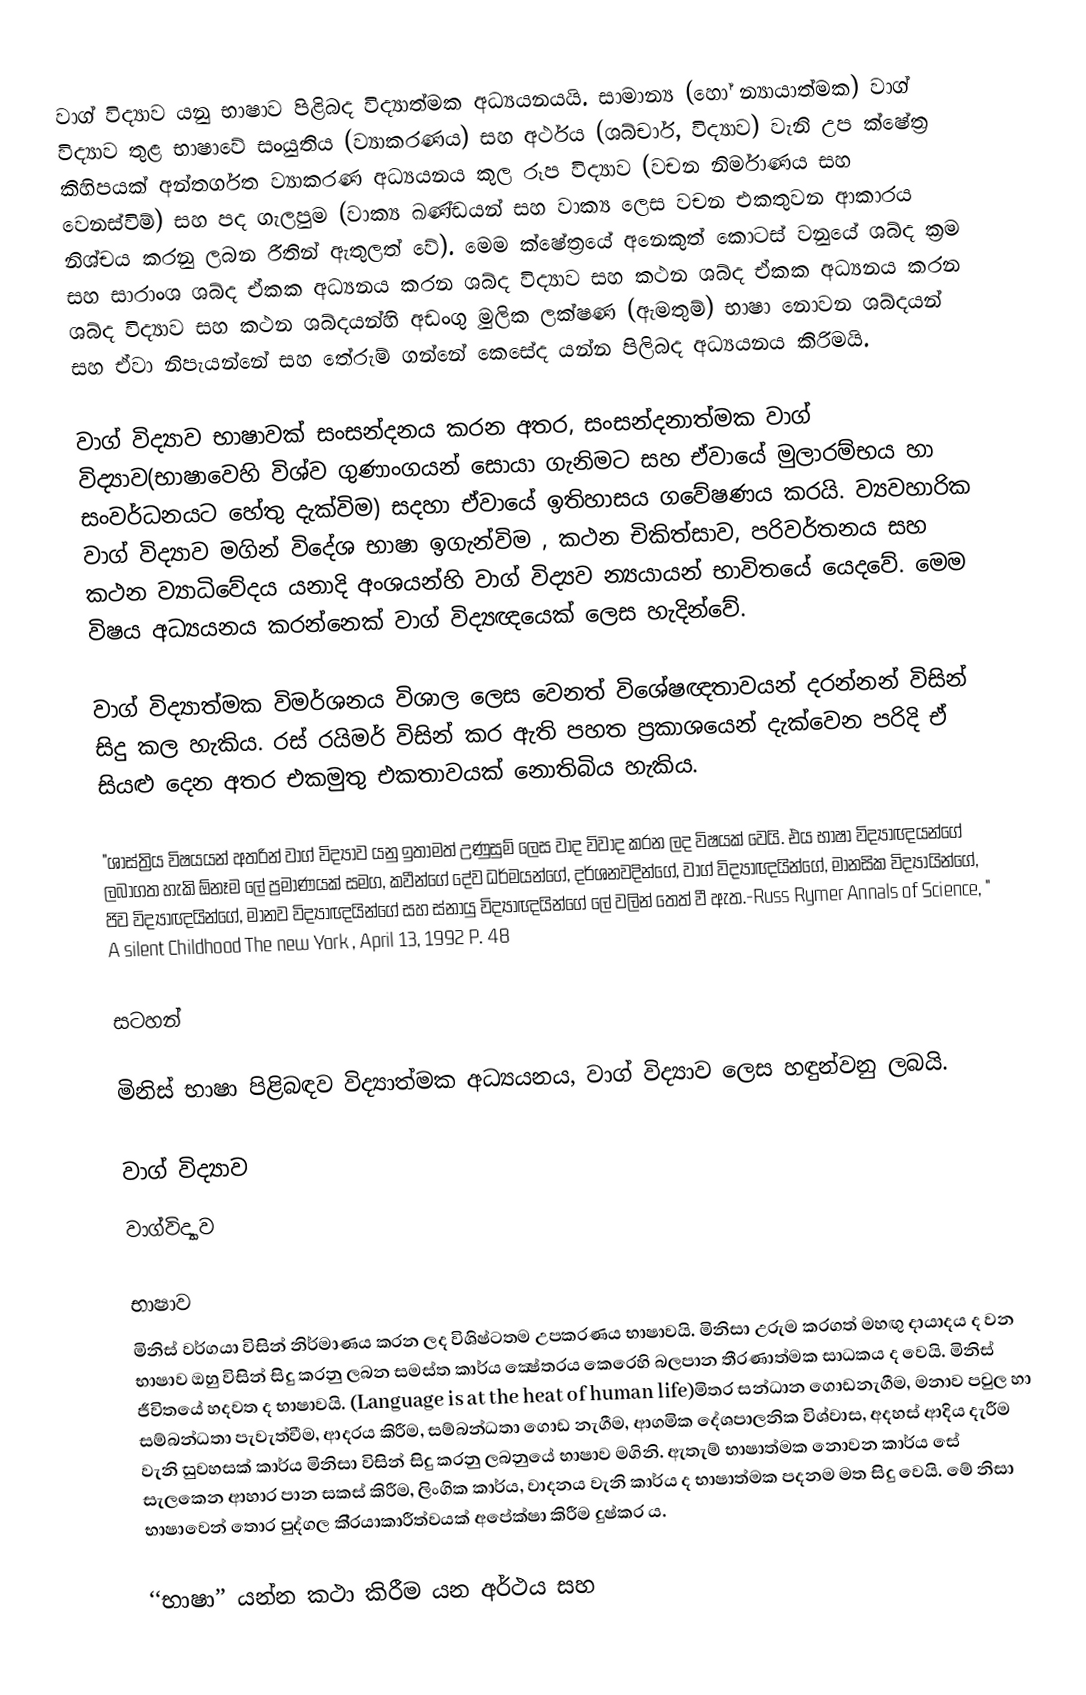
වාග් විද්‍යාව යනු භාෂාව පිළිබද විද්‍යාත්මක අධ්‍යයනයයි. සාමාන්‍ය (හෝ න්‍යායාත්මක) වාග් විද්‍යාව තුළ භාෂාවේ සංයුතිය (ව්‍යාකරණය) සහ අර්ථය (ශබ්චාර්, විද්‍යාව) වැනි උප ක්ෂේත්‍ර කිහිපයක් අන්තර්ගත ව්‍යාකරණ අධ්‍යයනය කුල රූප විද්‍යාව (වචන නිර්මාණය සහ වෙනස්විම්) සහ පද ගැලපුම (වාක්‍ය ඛණ්ඩයන් සහ වාක්‍ය ලෙස වචන එකතුවන ආකාරය නිශ්චය කරනු ලබන රීතින් ඇතුලත් වේ). මෙම ක්ෂේත්‍රයේ අනෙකුත් කොටස් වනුයේ ශබ්ද ක්‍රම සහ සාරාංශ ශබ්ද ඒකක අධ්‍යනය කරන ශබ්ද විද්‍යාව සහ කථන ශබ්ද ඒකක අධ්‍යනය කරන ශබ්ද විද්‍යාව සහ කථන ශබ්දයන්හි අඩංගු මුලික ලක්ෂණ (ඇමතුම්) භාෂා නොවන ශබ්දයන් සහ ඒවා නිපැයන්නේ සහ තේරුම් ගන්නේ කෙසේද යන්න පිලිබද අධ්‍යයනය කිරිමයි.

වාග් විද්‍යාව භාෂාවක් සංසන්දනය කරන අතර, සංසන්දනාත්මක වාග් විද්‍යාව(භාෂාවෙහි විශ්ව ගුණාංගයන් සොයා ගැනිමට සහ ඒවායේ මුලාරම්භය හා සංවර්ධනයට හේතු දැක්විම) සදහා ඒවායේ ඉතිහාසය ගවේෂණය කරයි. ව්‍යවහාරික වාග් විද්‍යාව මගින් විදේශ භාෂා ඉගැන්විම , කථන චිකිත්සාව, පරිවර්තනය සහ කථන ව්‍යාධිවේදය යනාදි අංශයන්හි වාග් විද්‍යව න්‍යයායන් භාවිතයේ යෙදවේ. මෙම විෂය අධ්‍යයනය කරන්නෙක් වාග් විද්‍යඥ‍යෙක් ලෙස හැදින්වේ.

වාග් විද්‍යාත්මක විමර්ශනය විශාල ලෙස වෙනත් විශේෂඥතාවයන් දරන්නන් විසින් සිදු කල හැකිය. රස් රයිමර් විසින් කර ඇති පහත ප්‍රකාශයෙන් දැක්වෙන පරිදි ඒ සියළු දෙන අතර එකමුතු එකතාවයක් නොතිබිය හැකිය.

"ශාස්ත්‍රිය විෂයයන් අතරින් වාග් විද්‍යාව යනු ඉතාමත් උණුසුම් ලෙස වාද විවාද කරන ලද විෂයක් වෙයි. එය භාෂා විද්‍යාඥයන්ගේ ලබාගත හැකි ඕනෑම ලේ ප්‍රමාණයක් සමග, කවීන්ගේ දේව ධර්මයන්ගේ, දර්ශනවදි‍න්ගේ, වාග් විද්‍යාඥයින්ගේ, මානසික විද්‍යායින්ගේ, ජිව විද්‍යාඥයින්ගේ, මානව විද්‍යාඥයින්ගේ සහ ස්නායු විද්‍යාඥයින්ගේ ලේ වලින් තෙත් වී ඇත.-Russ Rymer Annals of Science, " A silent Childhood The new York , April 13, 1992 P. 48

සටහන්

මිනිස් භාෂා පිළිබඳව විද්‍යාත්මක අධ්‍යයනය, වාග් විද්‍යාව ලෙස හඳුන්වනු ලබයි.

වාග් විද්‍යාව
වාග්විද්‍යාව

භාෂාව
මිනිස් වර්ගයා විසින් නිර්මාණය කරන ලද විශිෂ්ටතම උපකරණය භාෂාවයි. මිනිසා උරුම කරගත් මහඟු දායාදය ද වන භාෂාව ඔහු විසින් සිදු කරනු ලබන සමස්ත කාර්ය ක්‍ෂේත‍්‍රය කෙරෙහි බලපාන තීරණාත්මක සාධකය ද වෙයි. මිනිස් ජීවිතයේ හදවත ද භාෂාවයි. (Language is at the heat of human life)මිත‍්‍ර සන්ධාන ගොඩනැගීම, මනාව පවුල හා සම්බන්ධතා පැවැත්වීම, ආදරය කිරීම, සම්බන්ධතා ගොඩ නැගීම, ආගමික දේශපාලනික විශ්වාස, අදහස් ආදිය දැරීම වැනි සුවහසක් කාර්ය මිනිසා විසින් සිදු කරනු ලබනුයේ භාෂාව මගිනි. ඇතැම් භාෂාත්මක නොවන කාර්ය සේ සැලකෙන ආහාර පාන සකස් කිරීම, ලිංගික කාර්ය, වාදනය වැනි කාර්ය ද භාෂාත්මක පදනම මත සිදු වෙයි. මේ නිසා භාෂාවෙන් තොර පුද්ගල කි‍්‍රයාකාරීත්වයක් අපේක්ෂා කිරීම දුෂ්කර ය.

‘‘භාෂා’’ යන්න කථා කිරීම යන අර්ථය සහ